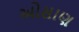
ઓસાણ